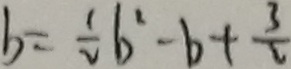
b = \frac { 1 } { 2 } b ^ { 2 } - b + \frac { 3 } { 2 }